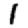
Digit: 1